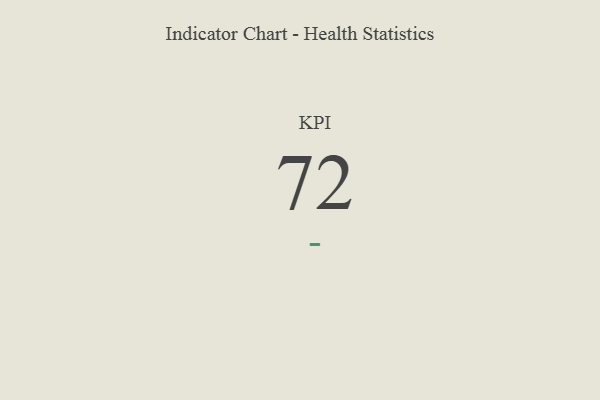
{"axis": {"x": "KPI", "y": "Value"}, "legend": [""], "data": [{"x": "KPI", "y": 72, "type": ""}]}